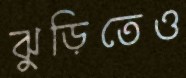
ঝুড়িতেও